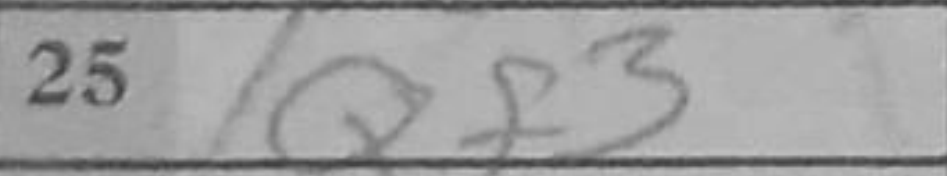
Transcription: Qf3